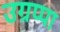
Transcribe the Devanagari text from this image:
उग्रप्पा